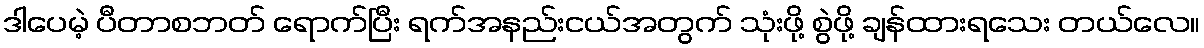
ဒါပေမဲ့ ပီတာစဘတ် ရောက်ပြီး ရက်အနည်းငယ်အတွက် သုံးဖို့ စွဲဖို့ ချန်ထားရသေး တယ်လေ။